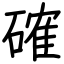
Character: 確